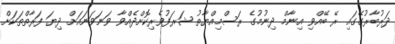
ދަރުބާރުގޭގައި ރޭ ބޭއްވި އިނާމް ދިނުމުގެ ރަސްމިއްޔާތު ޝަރަފުވެރިކޮށްދެއްވާ ވަނަވަނައަށް ދިޔަ ފަރާތްތަކަށް